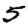
Digit: 5